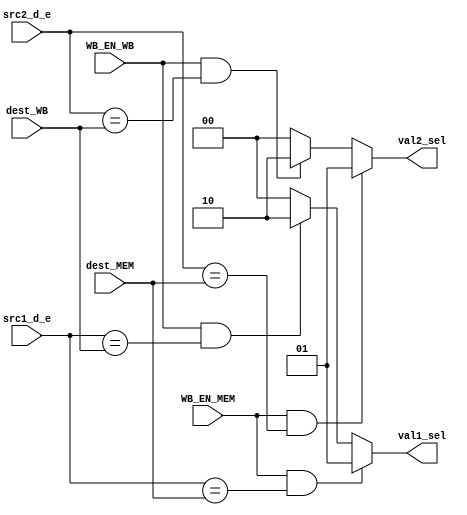
module forwarding_EXE (input [4:0] src1_d_e,input [4:0] src2_d_e,input [4:0] dest_MEM,input [4:0] dest_WB,input WB_EN_MEM, WB_EN_WB,
output reg [1:0] val1_sel, val2_sel);

always @ (*) 
begin
{val1_sel, val2_sel} <= 0;
    //PRIMER SOURCE DEL ALU
    if (WB_EN_MEM && src1_d_e == dest_MEM) val1_sel <= 2'b01;
    else if (WB_EN_WB && src1_d_e == dest_WB) val1_sel <= 2'b10;
    //SEGUNDO SOURCE DEL ALU
    if (WB_EN_MEM && src2_d_e == dest_MEM) val2_sel <= 2'b01;
    else if (WB_EN_WB && src2_d_e == dest_WB) val2_sel <= 2'b10;
  
end
endmodule